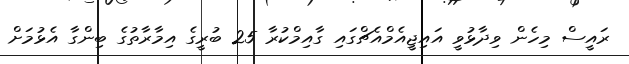
ރައީސް މިހެން ވިދާޅުވީ އައިޖީއެމްއެޗްގައި ގާއިމްކުރާ 25 ބުރީގެ އިމާރާތުގެ ބިންގާ އެޅުމަށް